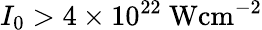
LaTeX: I_{0}>4\times 10^{22}\mathrm{~Wcm^{-2}}